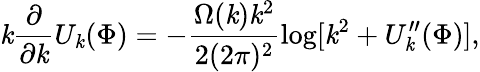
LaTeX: \mathit{k}\frac{{\partial}}{{\partial\mathit{k}}}U_{\mathit{k}}(\Phi)=-\frac{{\Omega(\mathit{k})\mathit{k}^{2}}}{{2(2\pi)^{2}}}\log[\mathit{k}^{2}+U_{\mathit{k}}^{\prime\prime}(\Phi)],